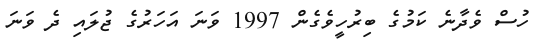
ހުސް ވެދާނެ ކަމުގެ ބިރުހީވެގެން 1997 ވަނަ އަހަރުގެ ޖުލައި ދެ ވަނަ